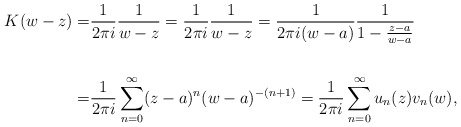
\begin{align*}K(w-z) = & \frac{1}{2\pi i} \frac{1}{w-z} = \frac{1}{2\pi i} \frac{1}{w-z} = \frac{1}{2\pi i (w-a)} \frac{1}{1-\frac{z-a}{w-a}} \\\\ = & \frac{1}{2\pi i } \sum_{n=0}^{\infty} (z-a)^n(w-a)^{-(n+1)} = \frac{1}{2\pi i } \sum_{n=0}^{\infty} u_n(z)v_n(w), \end{align*}